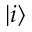
\lvert i \rangle